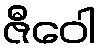
ဇီဝေါ